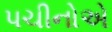
પચીનોએ